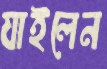
যাইলেন